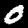
Label: 0